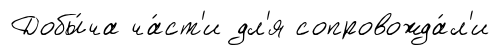
Добы́ча ча́ст'и дл'я сопровожда́л'и